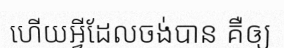
ហើយអ្វីដែលចង់បាន គឺឲ្យ